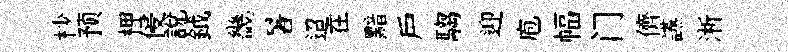
杪预柙侵説鉞畿暑迢在黯户騶迎庖幅门儕讌淅